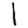
Digit: 1